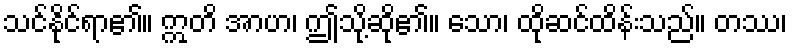
သင်နိုင်ရာ၏။ ဣတိ အာဟ၊ ဤသို့ဆို၏။ သော၊ ထိုဆင်ထိန်းသည်။ တဿ၊